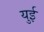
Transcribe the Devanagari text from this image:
युई